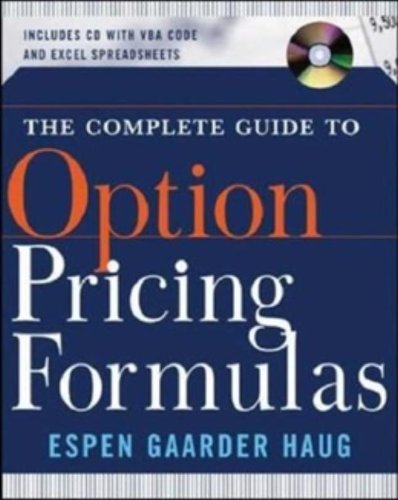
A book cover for The Complete Guide to Option Pricing Formulas; Espen Gaarder Haug; Business & Money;